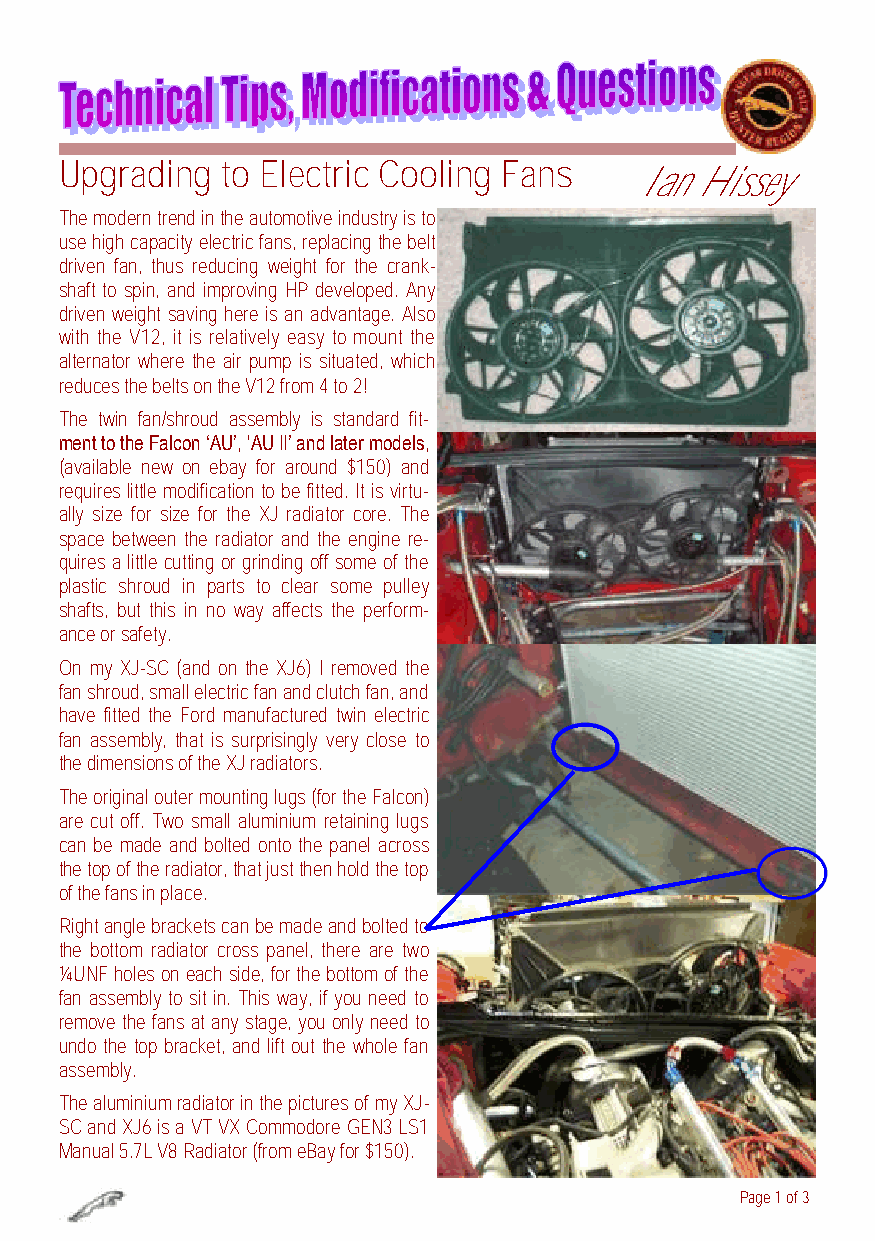
Upgrading  to Electric Cooling Fans
 Ian Hissey
 The modern trend in the automotive industry is to
 use high capacity electric fans, replacing the belt
 driven fan, thus reducing weight for the crank-
 shaft to spin, and improving HP developed. Any
 driven weight saving here is an advantage. Also
 with the V12, it is relatively easy to mount the
 alternator where the air pump is situated, which
 reduces the belts on the V12 from 4 to 2!
 The twin fan/shroud assembly is standard fit-
 ment to the Falcon ‘AU’, 'AU II’ and later models,
 (available new on ebay for around $150) and
 requires little modification to be fitted. It is virtu-
 ally size for size for the XJ radiator core. The
 space between the radiator and the engine re-
 quires a little cutting or grinding off some of the
 plastic shroud in parts to clear some pulley
 shafts, but this in no way affects the perform-
 ance or safety.
 On my XJ-SC (and on the XJ6) I removed the
 fan shroud, small electric fan and clutch fan, and
 have fitted the Ford manufactured twin electric
 fan assembly, that is surprisingly very close to
 the dimensions of the XJ radiators.
 The original outer mounting lugs (for the Falcon)
 are cut off. Two small aluminium retaining lugs
 can be made and bolted onto the panel across
 the top of the radiator, that just then hold the top
 of the fans in place.
 Right angle brackets can be made and bolted to
 the bottom radiator cross panel, there are two
 ¼UNF holes on each side, for the bottom of the
 fan assembly to sit in. This way, if you need to
 remove the fans at any stage, you only need to
 undo the top bracket, and lift out the whole fan
 assembly.
 The aluminium radiator in the pictures of my XJ-
 SC and XJ6 is a VT VX Commodore GEN3 LS1
 Manual 5.7L V8 Radiator (from eBay for $150).
 Page 1 of 3